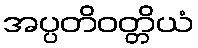
အပ္ပတိဝတ္တိယံ